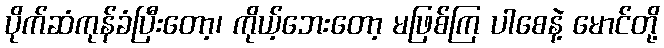
ပိုက်ဆံကုန်ခံပြီးတော့၊ ကိုယ့်ဘေးတော့ မဖြစ်ကြ ပါစေနဲ့ မောင်တို့